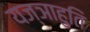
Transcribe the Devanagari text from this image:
यज्ञाहुति